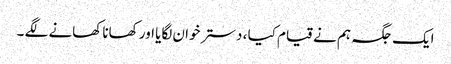
ایک جگہ ہم نے قیام کیا ، دستر خوان لگایا اور کھانا کھانے لگے ۔